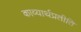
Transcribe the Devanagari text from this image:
काव्यार्थप्रतीति